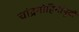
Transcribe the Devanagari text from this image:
चांद्रमोहिमांपूर्वी